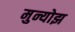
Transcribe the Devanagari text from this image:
मुन्योझ